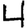
Digit: 4